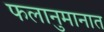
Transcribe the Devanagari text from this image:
फलानुमानात